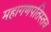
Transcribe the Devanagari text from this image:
महागणपतिस्तव